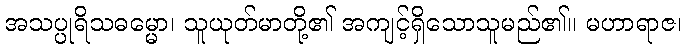
အသပ္ပုရိသဓမ္မော၊ သူယုတ်မာတို့၏ အကျင့်ရှိသောသူမည်၏။ မဟာရာဇ၊